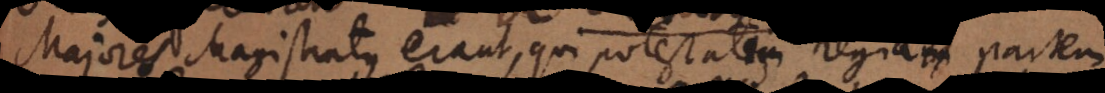
Majores Magistratus erant, qui potestatem regiam potesta